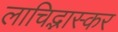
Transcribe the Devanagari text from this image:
लाचिद्भास्कर